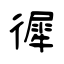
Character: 徲